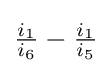
{\tfrac {i_{1}}{i_{6}}}-{\tfrac {i_{1}}{i_{5}}}